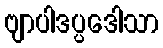
ဗျာပါဒပ္ပဒေါသာ